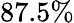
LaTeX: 87.5\%